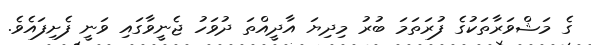
ގެ މަޝްވަރާތަކުގެ ފުރަތަމަ ބުރު މިދިޔަ އާދީއްތަ ދުވަހު ޖެނީވާގައި ވަނީ ފެށިފައެވެ.